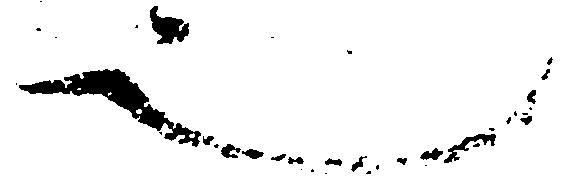
也